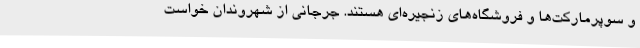
و سوپرمارکت‌ها و فروشگاه‌های زنجیره‌ای هستند. جرجانی از شهروندان خواست